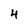
Character: 4